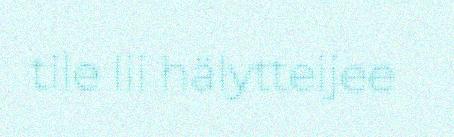
tile lii hälytteijee